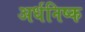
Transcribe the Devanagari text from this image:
अर्धनिष्क